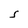
Character: S